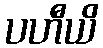
ပဟီယိ